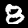
Label: 8